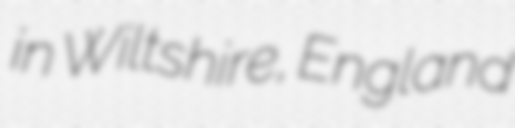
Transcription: in Wiltshire, England